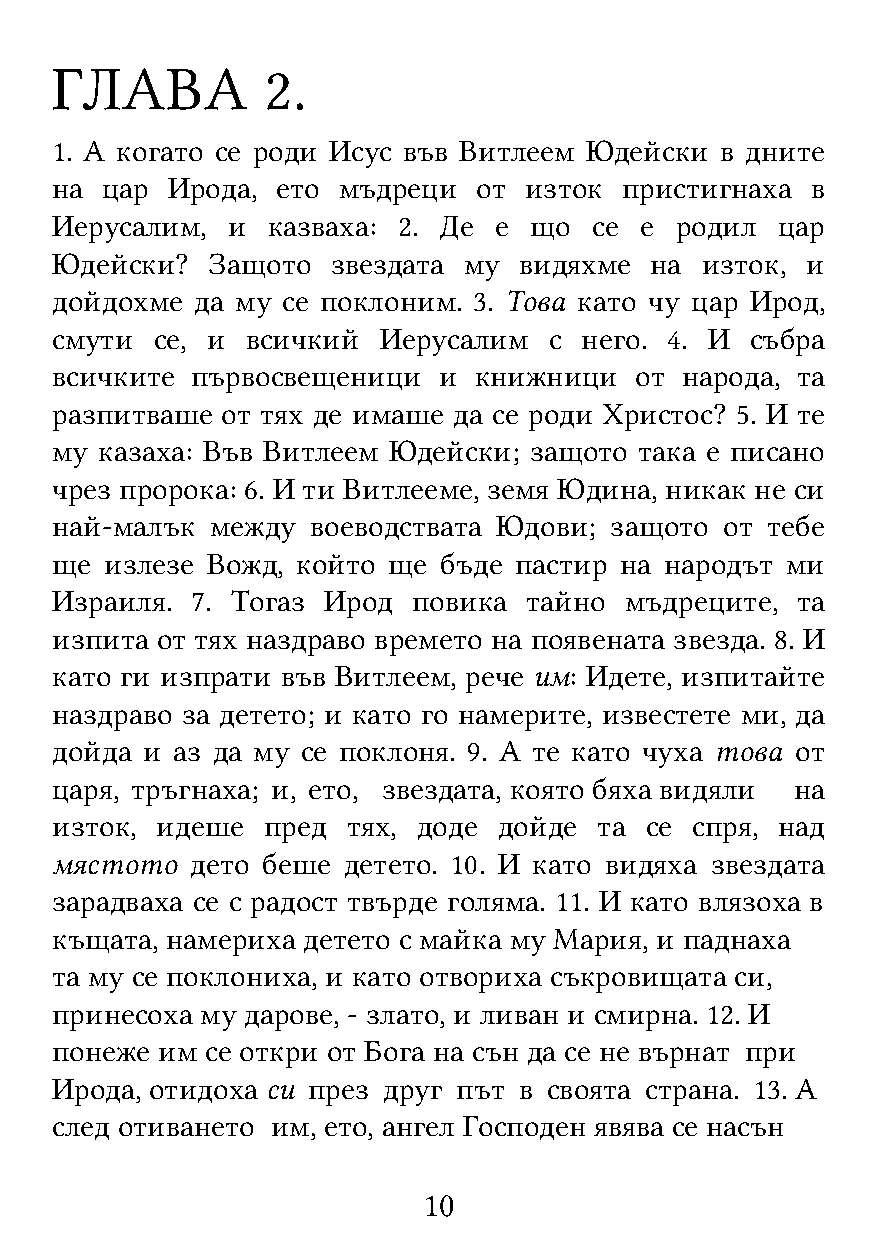
ГЛАВА          2.
 1. А когато се роди Исус във Витлеем Юдейски в дните
 на  цар Ирода, ето мъдреци   от изток пристигнаха  в
 Иерусалим,  и  казваха: 2. Де е що  се е  родил  цар
 Юдейски?   Защото  звездата му видяхме  на изток, и
 дойдохме  да му се поклоним. 3. Това като чу цар Ирод,
 смути  се, и всичкий  Иерусалим  с него. 4. И  събра
 всичките  първосвещеници  и книжници   от народа, та
 разпитваше  от тях де имаше да се роди Христос? 5. И те
 му казаха: Във Витлеем Юдейски; защото така е писано
 чрез пророка: 6. И ти Витлееме, земя Юдина, никак не си
 най-малък  между  воеводствата Юдови; защото от тебе
 ще  излезе Вожд, който ще бъде пастир на народът ми
 Израиля.  7. Тогаз Ирод повика  тайно мъдреците,  та
 изпита от тях наздраво времето на появената звезда. 8. И
 като ги изпрати във Витлеем, рече им: Идете, изпитайте
 наздраво за детето; и като го намерите, известете ми, да
 дойда и аз да му се поклоня. 9. А те като чуха това от
 царя, тръгнаха; и, ето, звездата, която бяха видяли на
 изток, идеше  пред  тях, доде дойде  та се спря, над
 мястото   дето беше детето. 10. И като видяха звездата
 зарадваха се с радост твърде голяма. 11. И като влязоха в
 къщата, намериха детето с майка му Мария, и паднаха
 та му се поклониха, и като отвориха съкровищата си,
 принесоха му дарове, - злато, и ливан и смирна. 12. И
 понеже им  се откри от Бога на сън да се не върнат при
 Ирода, отидоха си през друг път в своята страна. 13. А
 след отиването им, ето, ангел Господен явява се насън
 10